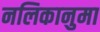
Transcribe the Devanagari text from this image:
नलिकानुमा